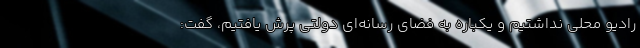
رادیو محلی نداشتیم و یکباره به فضای رسانه‌ای دولتی پرش یافتیم، گفت: